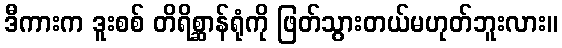
ဒီကားက ဒူးစစ် တိရိစ္ဆာန်ရုံကို ဖြတ်သွားတယ်မဟုတ်ဘူးလား။